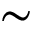
\sim